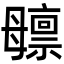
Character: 𬆸